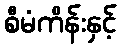
စီမံကိန်းနှင့်